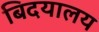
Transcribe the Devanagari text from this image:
बिदयालय